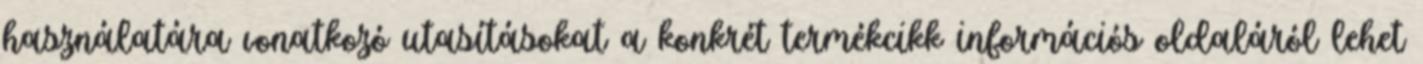
használatára vonatkozó utasításokat a konkrét termékcikk információs oldaláról lehet